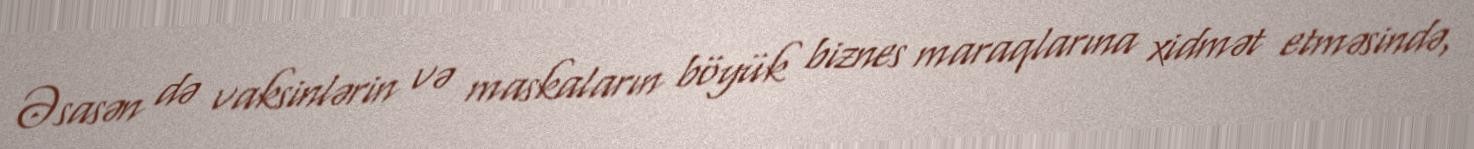
Əsasən də vaksinlərin və maskaların böyük biznes maraqlarına xidmət etməsində,